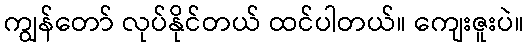
ကျွန်တော် လုပ်နိုင်တယ် ထင်ပါတယ်။ ကျေးဇူးပဲ။